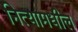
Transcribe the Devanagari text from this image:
नित्यामधील